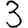
Digit: 3